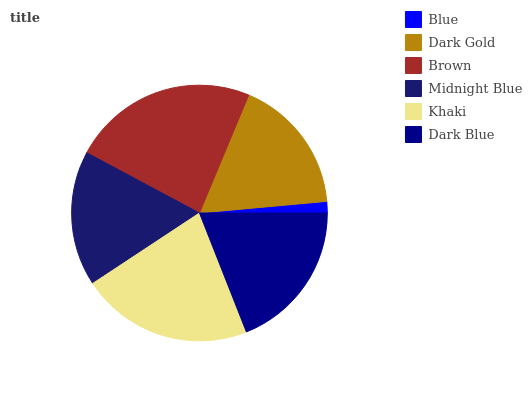
| Blue | Dark Gold | Brown | Midnight Blue | Khaki | Dark Blue |
 | --- | --- | --- | --- | --- | --- |
 | 1.45% | 17.2% | 23.6% | 17% | 21.7% | 19.1% |